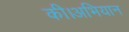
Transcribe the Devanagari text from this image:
की।अभियान